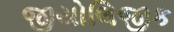
જીયોલિજીક